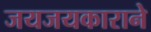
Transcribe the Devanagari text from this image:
जयजयकाराने